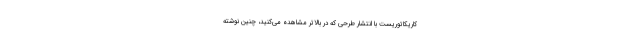
کاریکاتوریست با انتشار طرحی که در بالاتر مشاهده می‌کنید، چنین نوشته